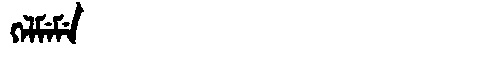
Manchu: ᡴᡝᠯᠮᡝᠮᡝ
Romanization: KELMEME